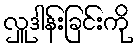
လှူဒါန်းခြင်းကို